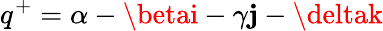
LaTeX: q^{+}=\alpha-\betai-\gamma\mathbf{j}-\deltak